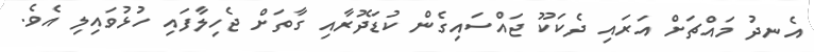
އެނދު މައްޗަށް އަރައި ދެކަކޫ ޖައްސައިގެން ކުޑަދޮރާއި ގާތަށް ޖެހިލާފައި ހުޅުވައިލި އެވެ.